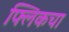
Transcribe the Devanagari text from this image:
फ्लिकचा